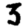
Digit: 3